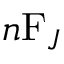
n \mathrm { F } _ { J }